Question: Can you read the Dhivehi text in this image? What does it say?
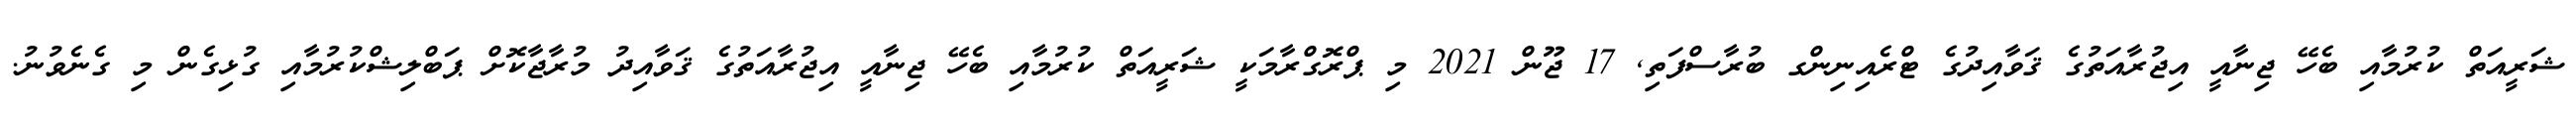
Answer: ޝަރީއަތް ކުރުމާއި ބެހޭ ޖިނާއީ އިޖުރާއަތުގެ ޤަވާއިދުގެ ޓްރެއިނިންގ ބުރާސްފަތި, 17 ޖޫން 2021 މި ޕްރޮގްރާމަކީ ޝަރީއަތް ކުރުމާއި ބެހޭ ޖިނާއީ އިޖުރާއަތުގެ ޤަވާއިދު މުރާޖާކޮށް ޕަބްލިޝްކުރުމާއި ގުޅިގެން މި ގެނެވުނު.